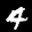
Label: 4